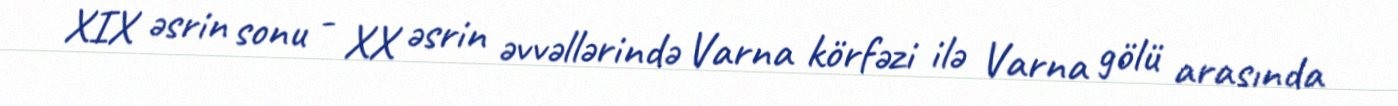
XIX əsrin sonu - XX əsrin əvvəllərində Varna körfəzi ilə Varna gölü arasında